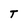
Character: T